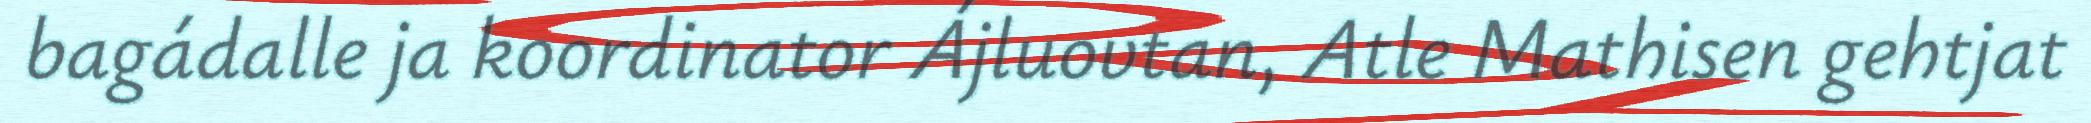
bagádalle ja koordinator Ájluovtan, Atle Mathisen gehtjat